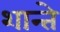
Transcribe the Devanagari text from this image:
शान्ते